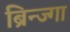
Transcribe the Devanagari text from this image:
ब्रिन्ज्गा